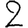
Digit: 2